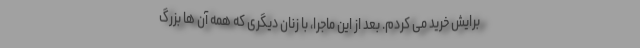
برایش خرید می کردم. بعد از این ماجرا، با زنان دیگری که همه آن ها بزرگ